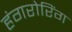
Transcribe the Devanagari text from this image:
हंगरोरिंग